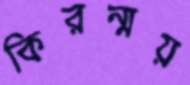
কিরন্ময়